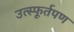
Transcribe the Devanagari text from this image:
उत्स्फूर्तपण